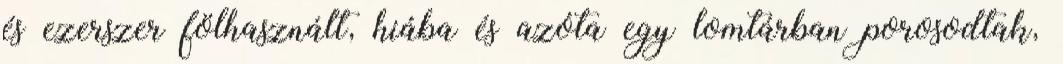
és ezerszer fölhasznált, hiába és azóta egy lomtárban porosodtak,